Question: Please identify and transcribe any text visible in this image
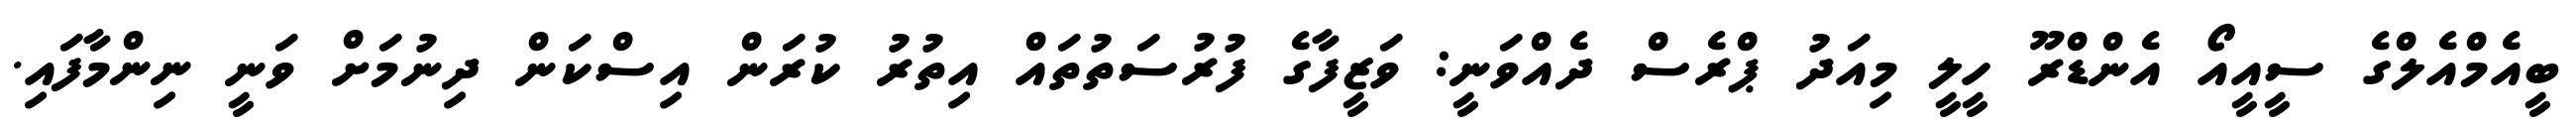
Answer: ބީއެމްއެލްގެ ސީއީއޯ އެންޑްރޫ ހީލީ މިއަދު ޕްރެސް ދެއްވަނީ: ވަޒީފާގެ ފުރުސަތުތައް އިތުރު ކުރަން އިސްކަން ދިނުމަށް ވަނީ ނިންމާފައި.